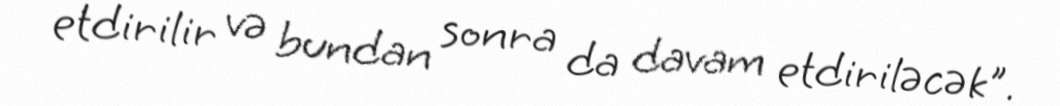
etdirilir və bundan sonra da davam etdiriləcək".